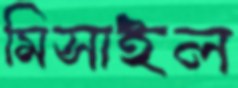
মিসাইল